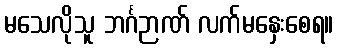
မသေလိုသူ ဘင်္ဂဉာဏ် လက်မနှေးစေရ။